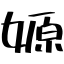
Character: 嫄